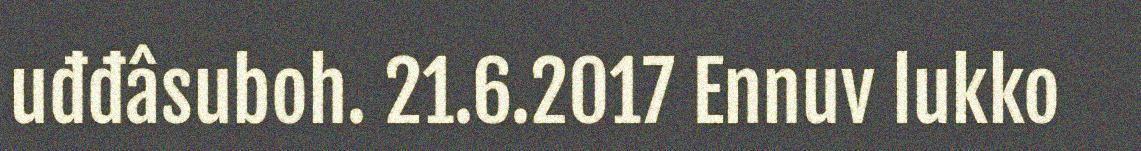
uđđâsuboh. 21.6.2017 Ennuv lukko